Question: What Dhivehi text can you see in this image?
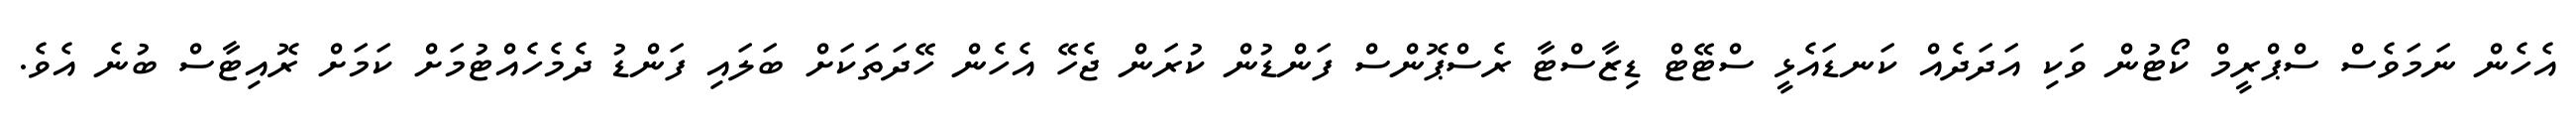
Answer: އެހެން ނަމަވެސް ސްޕްރީމް ކޯޓުން ވަކި އަދަދެއް ކަނޑައެޅީ ސްޓޭޓް ޑިޒާސްޓާ ރެސްޕޮންސް ފަންޑުން ކުރަން ޖެހޭ އެހެން ހޭދަތަކަށް ބަލައި ފަންޑު ދެމެހެއްޓުމަށް ކަމަށް ރޮއިޓާސް ބުނެ އެވެ.